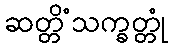
ဆတ္တိံသက္ခတ္တုံ